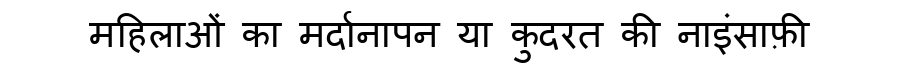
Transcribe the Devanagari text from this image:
महिलाओं का मर्दानापन या कुदरत की नाइंसाफ़ी